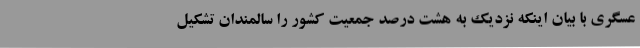
عسگری با بیان اینکه نزدیک به هشت درصد جمعیت کشور را سالمندان تشکیل